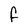
Character: f